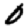
Digit: 0